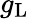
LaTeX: g_{\mathrm{L}}